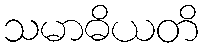
သမာဓိယတိ